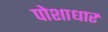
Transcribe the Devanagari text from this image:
पोशाधार